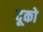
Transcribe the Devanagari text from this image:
दूको